Punjab Mental Hospital Lahore 1932-46 - 1932-1946
Year: 1932
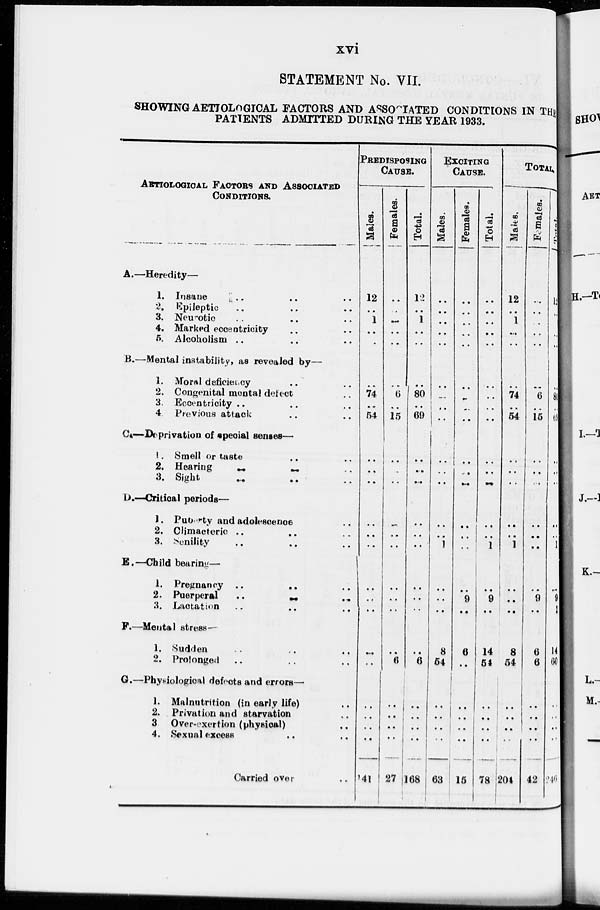
xvi
STATEMENT No. VII.
SHOWING AETIOLOGICAL FACTORS AND ASSOCIATED CONDITIONS IN THE
PATIENTS ADMITTED DURING THE YEAR 1933.
AETIOLOGICAL FACTORS AND ASSOCIATED
CONDITIONS.
A.— Heredity —
1. Insane .. .. ..
2. Epileptic .. .. ..
3. Neurotic .. .. ..
4. Marked eccentricity .. .. ..
5. Alcoholism .. .. ..
B.—Mental instability, as revealed by —
1. Moral deficiency .. ..
2. Congenital mental defect ..
3. Eccentricity .. .. ..
4. Previous attack .. ..
C.—Deprivation of special senses —
1. Smell or taste .. ..
2. Hearing
..
..
..
3. Sight .. .. ..
D.—Critical periods —
1. Puberty and adolescence ..
2. Climacteric .. .. ..
3. Senility .. .. ..
E.—Child bearing —
1. Pregnancy
..
..
..
2. Puerperal .. .. ..
3. Lactation .. .. ..
F.—Mental stress —
1. Sudden .. .. ..
2. Prolonged .. .. ..
G.—Physiological defects and errors—
1. Malnutrition (in early life) ..
2. Privation and starvation ..
3. Over-exertion (physical) ..
4. Sexual excess .. ..
Carried over ..
PREDISPOSING
CAUSE.
Males.
12
..
1
..
..
..
74
..
54
..
..
..
..
..
..
..
..
..
..
..
..
..
..
..
141
Females.
..
..
..
..
..
..
6
..
15
..
..
..
..
..
..
..
..
..
..
6
..
..
..
..
27
Total.
12
..
1
..
..
..
80
..
60
..
..
..
..
..
..
..
..
..
..
6
..
..
..
..
168
EXCITING
CAUSE.
Males.
..
..
..
..
..
..
..
..
..
..
..
..
..
1
..
..
..
8
54
..
..
..
..
63
Females.
..
..
..
..
..
..
..
..
..
..
..
..
..
..
..
9
..
6
..
..
..
..
..
15
Total.
..
..
..
..
..
..
..
..
..
..
..
..
..
..
1
..
9
..
14
54
..
..
..
..
78
TOTAL.
Malts.
12
..
1
..
..
..
74
..
54
..
..
..
..
..
1
..
..
..
8
54
..
..
..
..
204
Females.
..
..
..
..
..
..
6
..
15
..
..
..
..
..
..
.. 9
..
6
6
..
..
..
..
42
Total.
12
..
..
..
..
..
80
..
69
..
..
..
..
..
1
.. 9
..
14
60
..
..
..
..
246